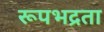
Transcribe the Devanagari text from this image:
रूपभद्रता